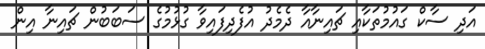
އަދި ސާކް ގައުމުތަކާއި ޗައިނާއާ ދެމެދު އުފެދިފައިވާ ގުޅުމުގެ ސަބަބުން ޗައިނާ އިން